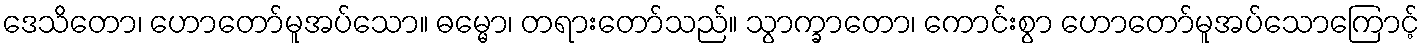
ဒေသိတော၊ ဟောတော်မူအပ်သော။ ဓမ္မော၊ တရားတော်သည်။ သွာက္ခာတော၊ ကောင်းစွာ ဟောတော်မူအပ်သောကြောင့်